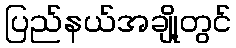
ပြည်နယ်အချို့တွင်